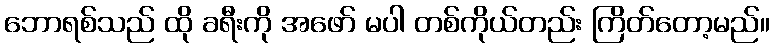
ဘောရစ်သည် ထို ခရီးကို အဖော် မပါ တစ်ကိုယ်တည်း ကြိတ်တော့မည်။